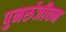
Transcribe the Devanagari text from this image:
पुनर्रुजीवन